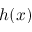
h ( x )